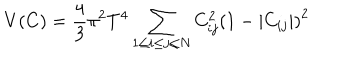
V ( C ) = { \frac { 4 } { 3 } } \pi ^ { 2 } T ^ { 4 } \sum _ { 1 \le i \le j \le N } C _ { i j } ^ { 2 } \left( 1 - \vert C _ { i j } \vert \right) ^ { 2 }